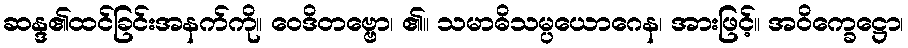
ဆန္ဒ၏ထင်ခြင်းအနက်ကို။ ဝေဒိတဗ္ဗော၊ ၏။ သမာဓိသမ္ပယောဂေန၊ အားဖြင့်။ အဝိက္ခေဋ္ဌော၊